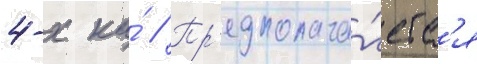
4-х ка́ // Пр'едполага́етс'я